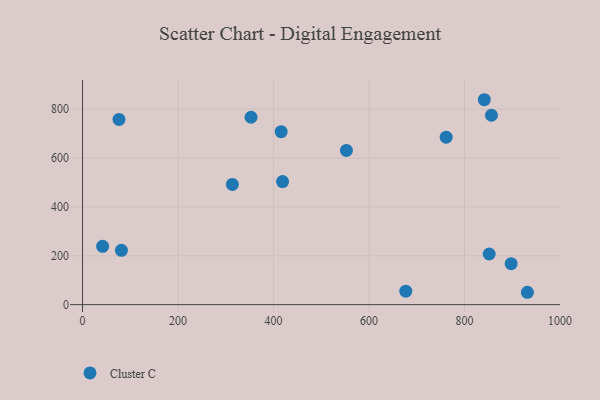
{"axis": {"x": "Study Hours", "y": "Yield"}, "legend": ["Cluster C"], "data": [{"x": "81.5", "y": 222.2, "type": "Cluster C"}, {"x": "419.0", "y": 503.9, "type": "Cluster C"}, {"x": "761.7", "y": 685.8, "type": "Cluster C"}, {"x": "841.5", "y": 839.0, "type": "Cluster C"}, {"x": "353.0", "y": 767.3, "type": "Cluster C"}, {"x": "42.1", "y": 238.8, "type": "Cluster C"}, {"x": "76.4", "y": 758.2, "type": "Cluster C"}, {"x": "416.1", "y": 708.0, "type": "Cluster C"}, {"x": "897.8", "y": 167.6, "type": "Cluster C"}, {"x": "856.6", "y": 775.5, "type": "Cluster C"}, {"x": "851.8", "y": 207.4, "type": "Cluster C"}, {"x": "677.1", "y": 54.9, "type": "Cluster C"}, {"x": "313.9", "y": 492.3, "type": "Cluster C"}, {"x": "552.7", "y": 631.6, "type": "Cluster C"}, {"x": "931.8", "y": 50.6, "type": "Cluster C"}]}